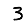
Digit: 3